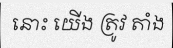
នោះ យើង ត្រូវ តាំង